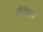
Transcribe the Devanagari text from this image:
अविहित